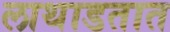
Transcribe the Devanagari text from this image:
लाथाडतात